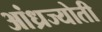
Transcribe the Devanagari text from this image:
आंध्रज्योती